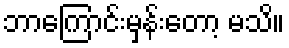
ဘာကြောင်းမှန်းတော့ မသိ။